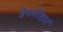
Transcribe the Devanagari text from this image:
ज्ञेयमीशानं